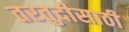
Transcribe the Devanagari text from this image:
तरतुदीसाठी